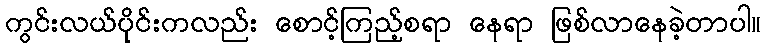
ကွင်းလယ်ပိုင်းကလည်း စောင့်ကြည့်စရာ နေရာ ဖြစ်လာနေခဲ့တာပါ။